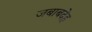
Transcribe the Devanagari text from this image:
जबाबदेह